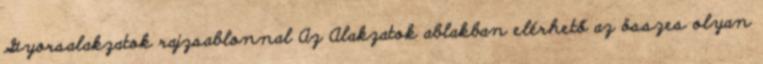
Gyorsalakzatok rajzsablonnal Az Alakzatok ablakban elérhető az összes olyan